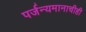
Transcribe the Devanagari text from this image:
पर्जन्यमानाचीही